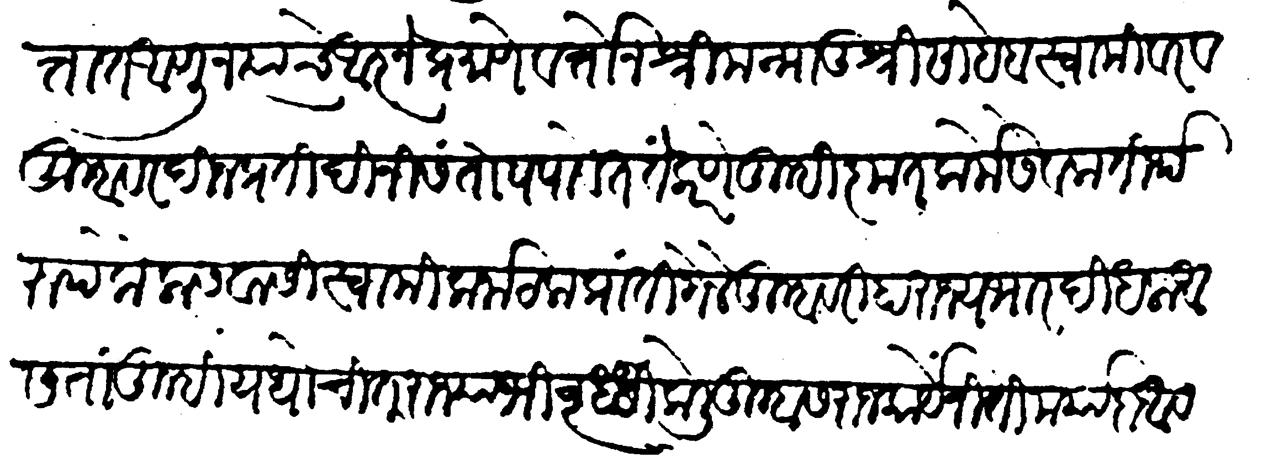
Transliteration (Devanagari): चित्तांत आणून त्याचे आज्ञेप्रमाणे वर्तोन श्रीमन्मातुश्री साहेब स्वामीवर व तुम्हावर दिन प्रतिदिनीं संतोष पावेत तें करणें तुम्ही कृतकर्मे सेवक तीर्थरुप कैलासवासी स्वामी कर्नाटक प्रांतीं गेले तुम्हावरी हा राज्यभार दिधला आसता तुम्ही यथोचित राज्याभिवृद्धि केली तुम्हास राजकार्यें नीति मर्यादा आवगत